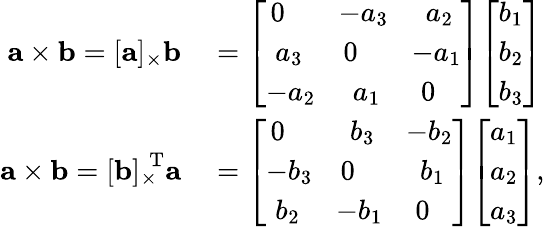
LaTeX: \begin{array}{rl}{\mathbf{a}\times\mathbf{b}=[\mathbf{a}]_{\times}\mathbf{b}}&{{}={\left[\begin{array}{lll}{\, 0}&{\! -a_{3}}&{\, \, a_{2}}\\ {\, \, a_{3}}&{0}&{\! -a_{1}}\\ {-a_{2}}&{\, \, a_{1}}&{\, 0}\end{array}\right]}{\left[\begin{array}{l}{b_{1}}\\ {b_{2}}\\ {b_{3}}\end{array}\right]}}\\ {\mathbf{a}\times\mathbf{b}={[\mathbf{b}]_{\times}}^{\mathrm{\! \! T}}\mathbf{a}}&{{}={\left[\begin{array}{lll}{\, 0}&{\, \, b_{3}}&{\! -b_{2}}\\ {-b_{3}}&{0}&{\, \, b_{1}}\\ {\, \, b_{2}}&{\! -b_{1}}&{\, 0}\end{array}\right]}{\left[\begin{array}{l}{a_{1}}\\ {a_{2}}\\ {a_{3}}\end{array}\right]},}\end{array}